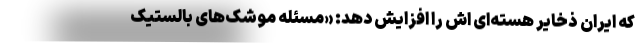
که ایران ذخایر هسته‌ای اش را افزایش دهد: «مسئله موشک‌های بالستیک‌